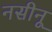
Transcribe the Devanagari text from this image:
नसीनू